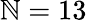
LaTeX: \mathbb{N}=13